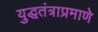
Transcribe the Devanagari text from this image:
युद्धतंत्राप्रमाणे